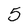
Character: 5